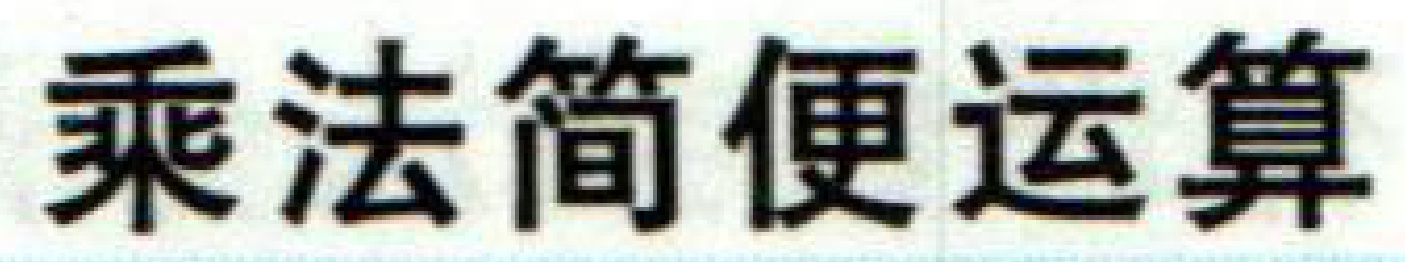
乘法简便运算